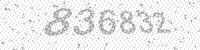
Solution: 836832